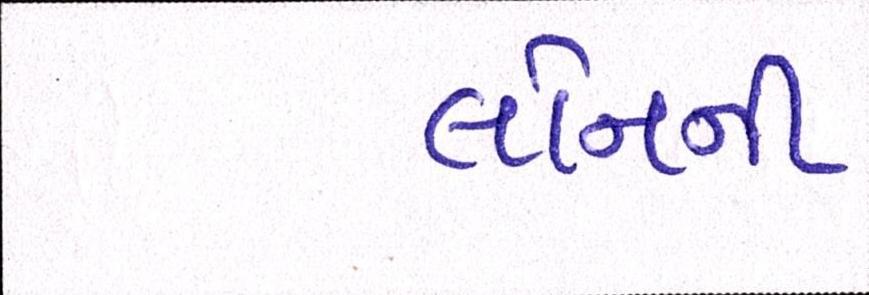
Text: લોનની